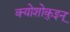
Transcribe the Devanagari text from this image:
क्योशोकुइन्